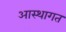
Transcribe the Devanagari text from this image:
आस्थागत